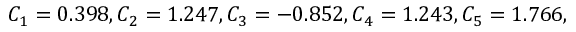
C _ { 1 } = 0 . 3 9 8 , C _ { 2 } = 1 . 2 4 7 , C _ { 3 } = - 0 . 8 5 2 , C _ { 4 } = 1 . 2 4 3 , C _ { 5 } = 1 . 7 6 6 ,